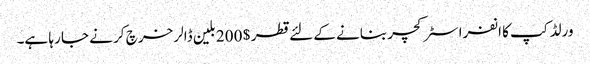
ورلڈ کپ کا انفرا سٹرکچر بنانے کے لئے قطر $ 200 بلین ڈالر خرچ کر نے جا رہا ہے۔